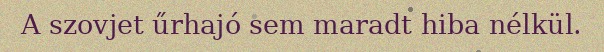
A szovjet űrhajó sem maradt hiba nélkül.